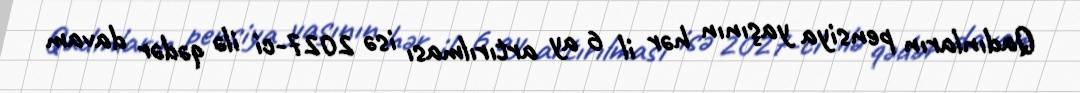
Qadınların pensiya yaşının hər il 6 ay artırılması isə 2027-ci ilə qədər davam